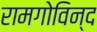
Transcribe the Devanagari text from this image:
रामगोविन्द